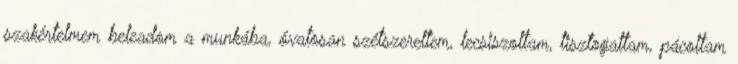
szakértelmem beleadom a munkába, óvatosan szétszereltem, lecsiszoltam, tisztogattam, pácoltam